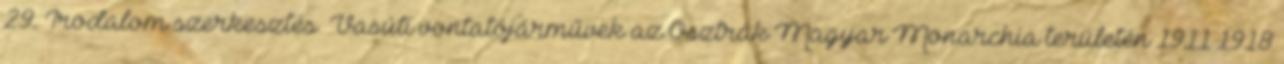
29. Irodalom szerkesztés Vasúti vontatójárművek az Osztrák–Magyar Monarchia területén 1911–1918